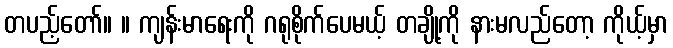
တပည့်တော်။ ။ ကျန်းမာရေးကို ဂရုစိုက်ပေမယ့် တချို့ကို နားမလည်တော့ ကိုယ့်မှာ